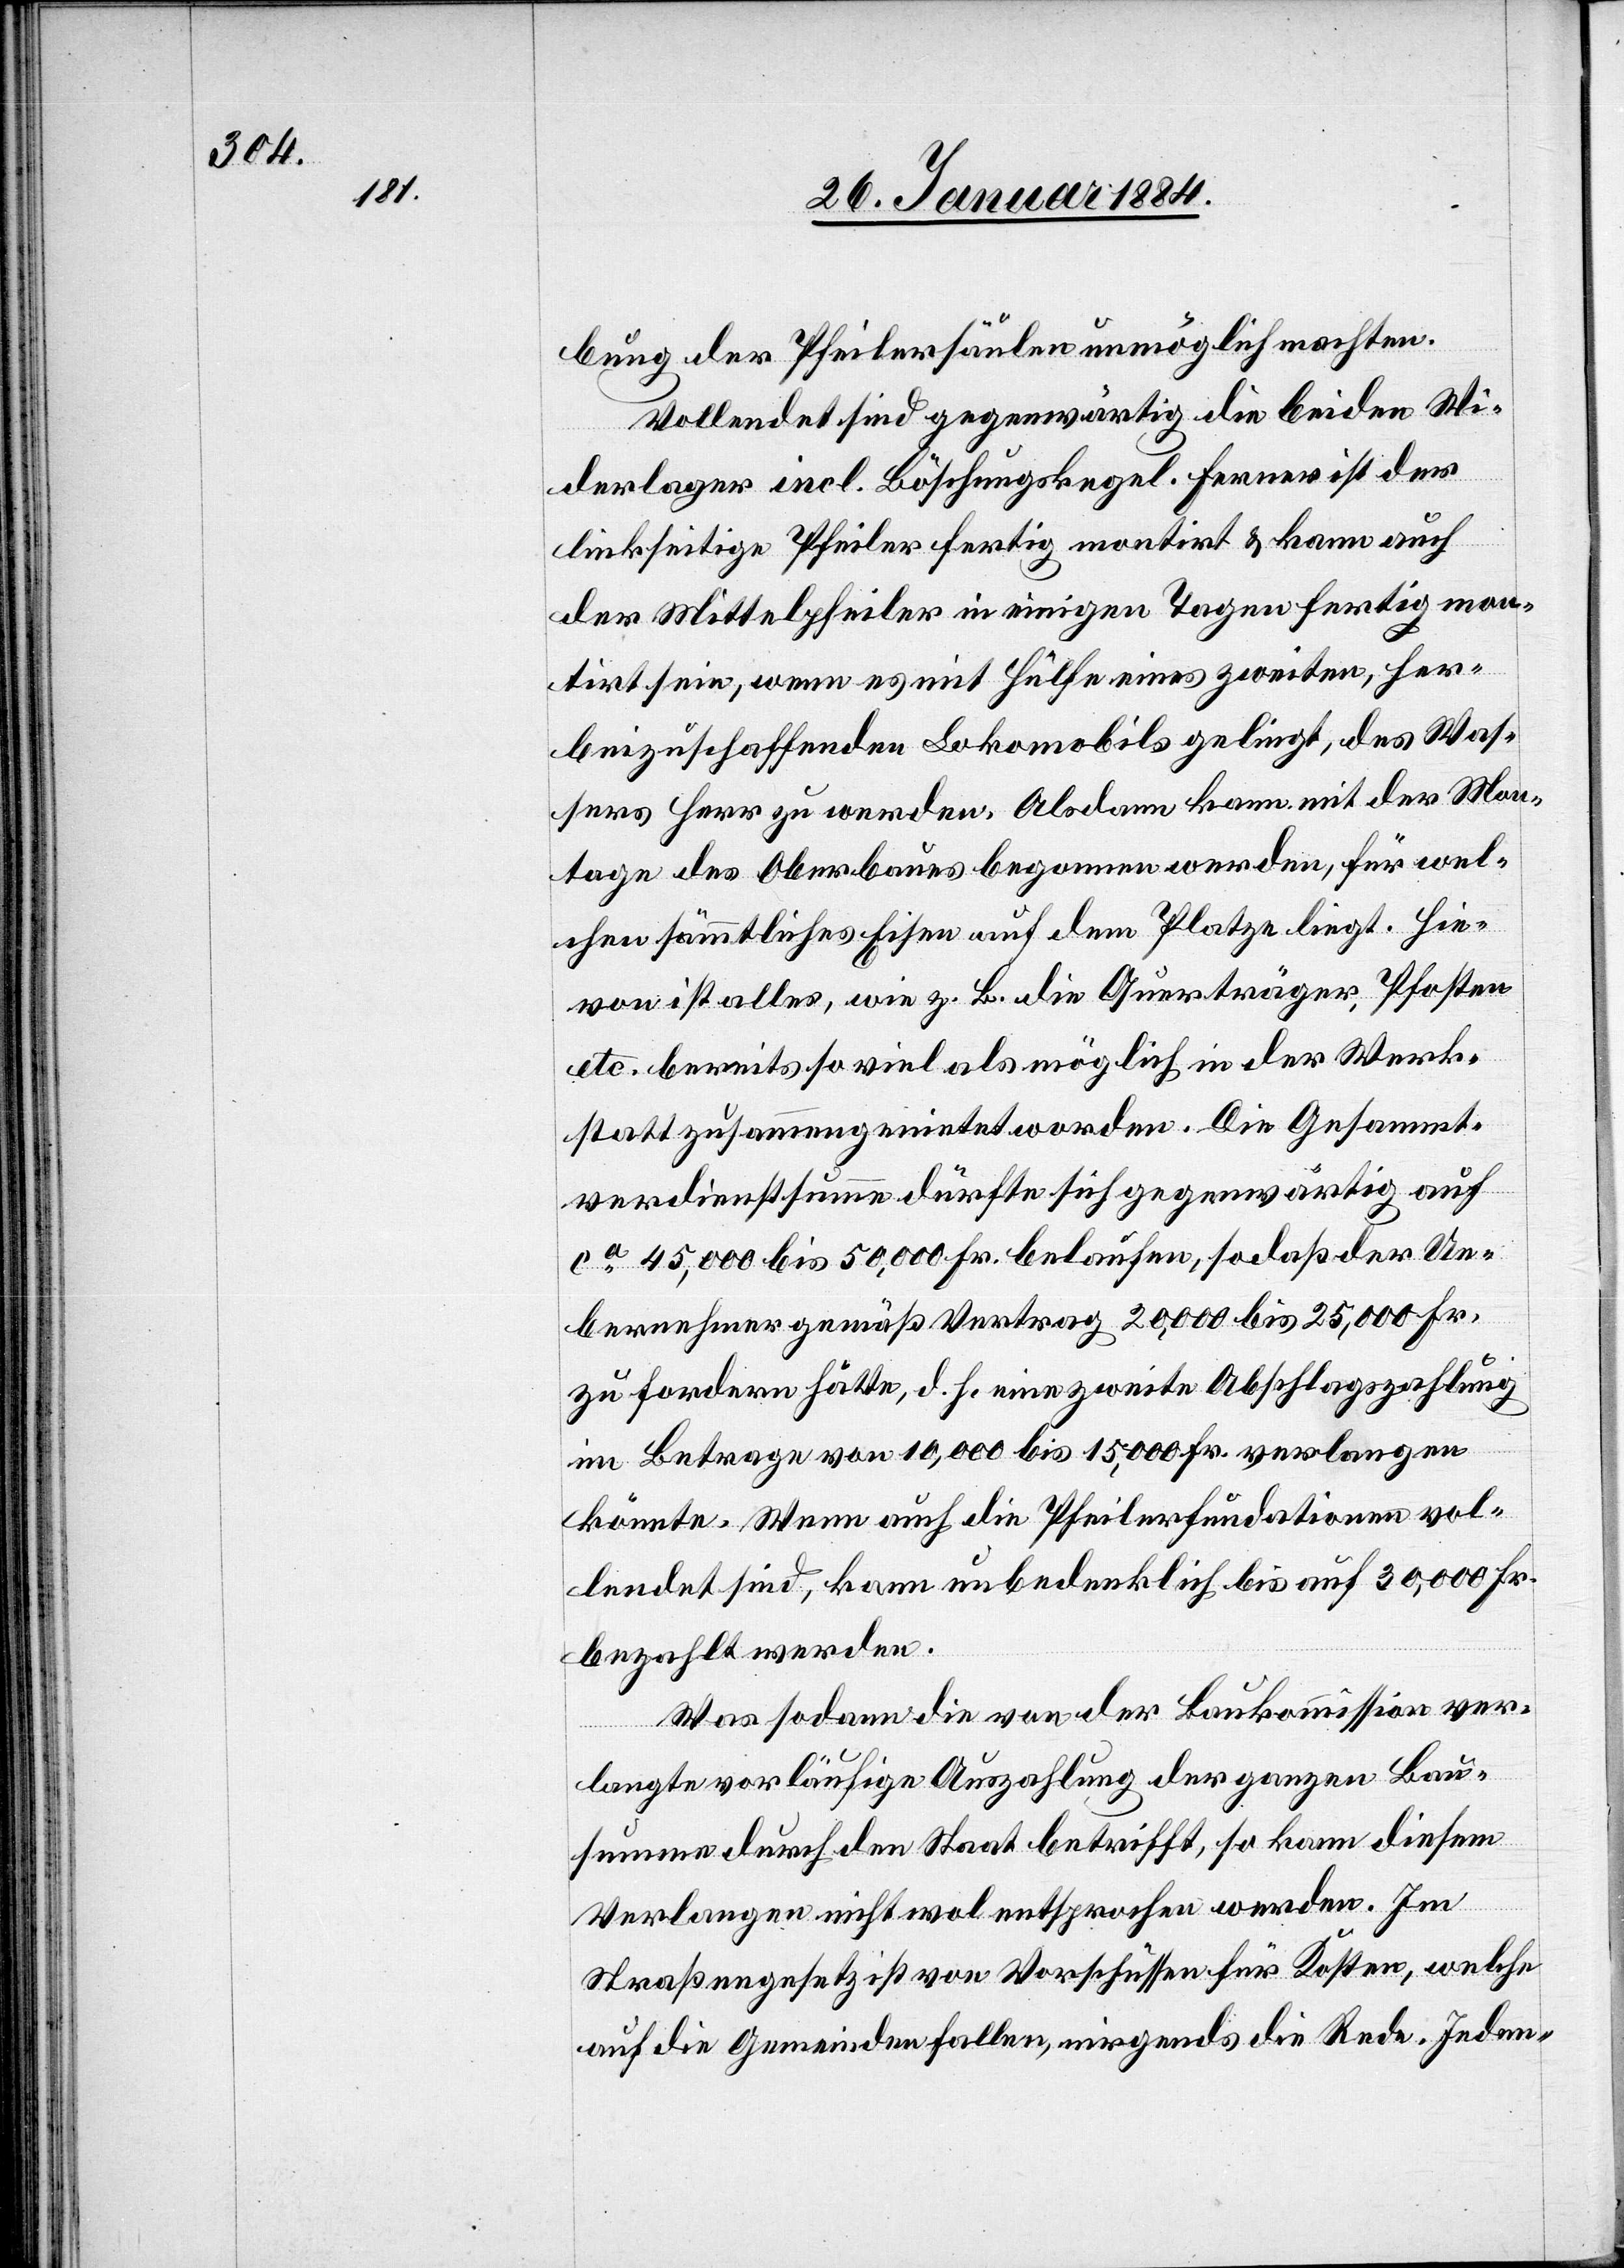
bung der Pfeilersäulen unmöglich machten.
Vollendet sind gegenwärtig die beiden Wi¬
derlager incl. Böschungskegel. Ferner ist der
linkseitige Pfeiler fertig montirt & kann auch
der Mittelpfeiler in einigen Tagen fertig mon¬
tirt sein, wenn es mit Hülfe eines zweiten, her¬
beizuschaffenden Lokomobiles gelingt, des Was¬
sers Herr zu werden. Alsdann kann mit der Mon¬
tage des Oberbaues begonnen werden, für wel¬
chen sämmtliches Eisen auf dem Platze liegt. Hie¬
von ist alles, wie z. B. die Querträger, Pfosten
etc. bereits so viel als möglich in der Werk¬
statt zusammengenietet worden. Die Gesammt¬
verdienstsumme dürfte sich gegenwärtig auf
ca 45,000 bis 50,000 Fr. belaufen, sodaß der Un¬
ternehmer gemäß Vertrag 20,000 bis 25,000 Fr.
zu fordern hätte, d. h. eine zweite Abschlagszahlung
im Betrage von 10,000 bis 15,000 Fr. verlangen
könnte. Wenn auch die Pfeilerfundationen vol¬
lendet sind, kann unbedenklich bis auf 30,000 Fr.
bezahlt werden.
Was sodann die von der Baukommission ver¬
langte vorläufige Auszahlung der ganzen Bau¬
summe durch den Staat betrifft, so kann diesem
Verlangen nicht wol entsprochen werden. Im
Straßengesetz ist von Vorschüssen für Kosten, welche
auf die Gemeinde fallen, nirgends die Rede. Jeden-